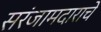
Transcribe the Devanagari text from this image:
सरंजामदाराचे